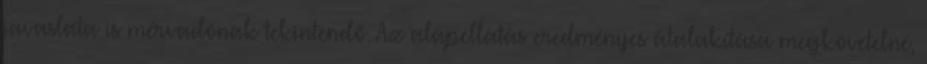
javaslata is mérvadónak tekintendő. Az alapellátás eredményes átalakítása megkövetelné,